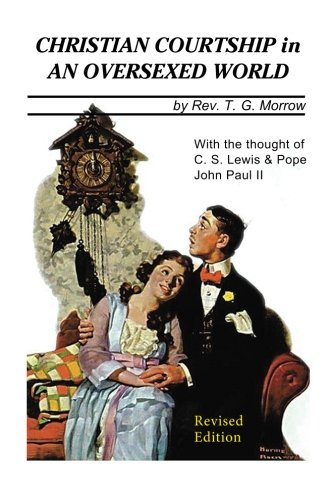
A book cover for Christian Courtship in An Oversexed World: Revised Edition; Rev. Thomas G Morrow; Religion & Spirituality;